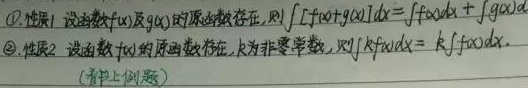
\textcircled{1} 性质1 设函数\(f(x)\)及\(g(x)\)的原函数存在，则\(\int [f(x)+g(x)]\mathrm{d}x = \int f(x)\mathrm{d}x+\int g(x)\mathrm{d}x\)。

\textcircled{2} 性质2 设函数\(f(x)\)的原函数存在，\(k\)为非零常数，则\(\int kf(x)\mathrm{d}x = k\int f(x)\mathrm{d}x\)。(书上例题)